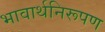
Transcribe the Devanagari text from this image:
भावार्थनिरूपण